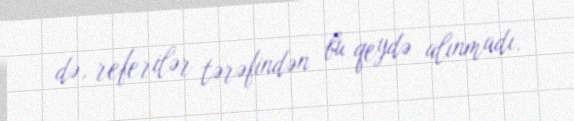
də, referilər tərəfindən bu qeydə alınmadı.